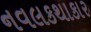
નવલકથાકાર